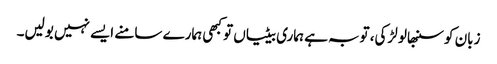
زبان کو سنبھالو لڑکی، توبہ ہے ہماری بیٹیاں تو کبھی ہمارے سامنے ایسے نہیں بولیں۔